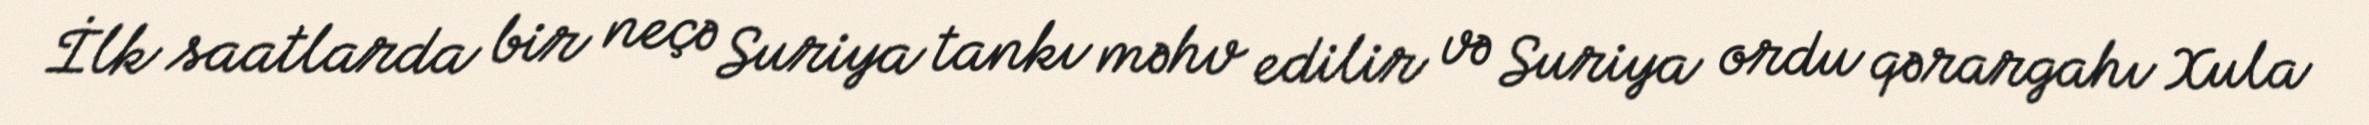
İlk saatlarda bir neçə Suriya tankı məhv edilir və Suriya ordu qərargahı Xula